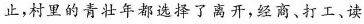
止，村里的青壮年都选择了离开，经商、打工、读